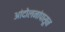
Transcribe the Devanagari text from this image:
आंदोलनांपासून